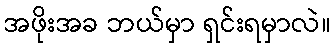
အဖိုးအခ ဘယ်မှာ ရှင်းရမှာလဲ။